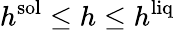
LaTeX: h^{\mathrm{sol}}\le h\le h^{\mathrm{liq}}